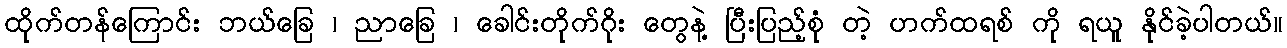
ထိုက်တန်ကြောင်း ဘယ်ခြေ ၊ ညာခြေ ၊ ခေါင်းတိုက်ဂိုး တွေနဲ့ ပြီးပြည့်စုံ တဲ့ ဟက်ထရစ် ကို ရယူ နိုင်ခဲ့ပါတယ်။